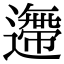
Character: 𨗼